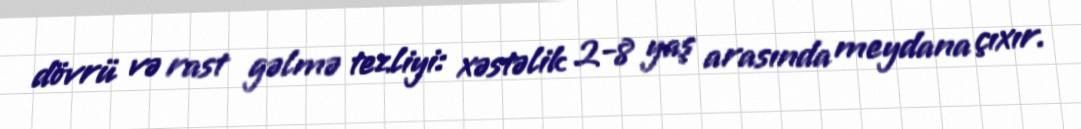
dövrü və rast gəlmə tezliyi: xəstəlik 2-8 yaş arasında meydana çıxır.